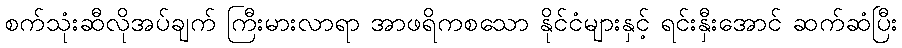
စက်သုံးဆီလိုအပ်ချက် ကြီးမားလာရာ အာဖရိကစသော နိုင်ငံများနှင့် ရင်းနှီးအောင် ဆက်ဆံပြီး